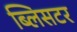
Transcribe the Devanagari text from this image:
ब्लिसटर